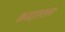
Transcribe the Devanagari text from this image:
क्राइस्लर